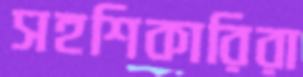
সহশিকারিরা